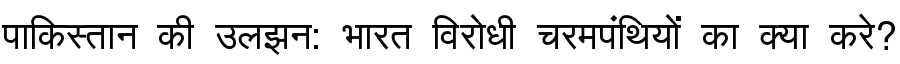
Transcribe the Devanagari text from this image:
पाकिस्तान की उलझन: भारत विरोधी चरमपंथियों का क्या करे?